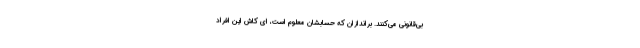
بی‌قانونی می‌کنند. براندازان که حسابشان معلوم است، ای کاش این افراد